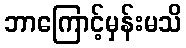
ဘာကြောင့်မှန်းမသိ